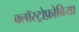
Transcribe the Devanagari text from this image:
क्लॉस्ट्रोफ़ोबिया